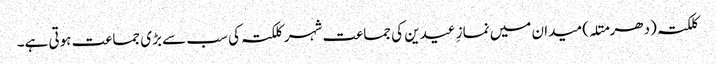
کلکتہ (دھرمتلہ) میدان میں نمازِ عیدین کی جماعت شہر کلکتہ کی سب سے بڑی جماعت ہوتی ہے۔